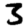
Digit: 3